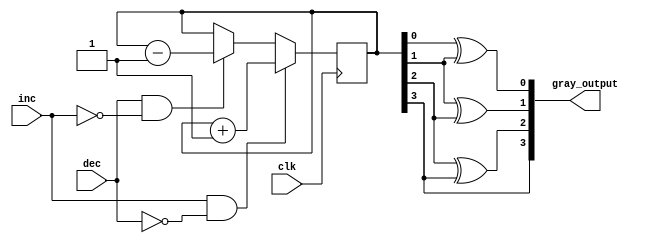
module GrayCounter (
    input clk,
    input inc,
    input dec,
    output reg [3:0] gray_output
);

reg [3:0] gray_counter;

always @(posedge clk) begin
    if (inc && !dec) begin
        gray_counter <= gray_counter + 1;
    end else if (dec && !inc) begin
        gray_counter <= gray_counter - 1;
    end
end

assign gray_output[0] = gray_counter[0] ^ gray_counter[1];
assign gray_output[1] = gray_counter[1] ^ gray_counter[2];
assign gray_output[2] = gray_counter[2] ^ gray_counter[3];
assign gray_output[3] = gray_counter[3];

endmodule